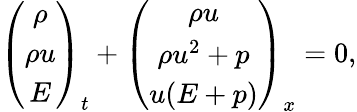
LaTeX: \left(\begin{array}{c}{\rho}\\ {\rho u}\\ {E}\end{array}\right)_{t}+\left(\begin{array}{c}{\rho u}\\ {\rho u^{2}+p}\\ {u(E+p)}\end{array}\right)_{x}=0,